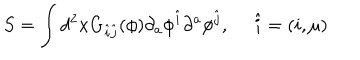
S = \int d ^ { 2 } x G _ { \hat { i } \hat { j } } ( \phi ) \partial _ { a } \phi ^ { \hat { i } } \partial ^ { a } \phi ^ { \hat { j } } , ~ ~ \hat { i } = ( i , \mu )